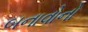
બનાવોનો